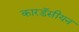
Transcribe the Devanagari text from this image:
कारडॅसीयन